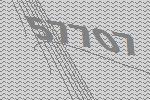
57707